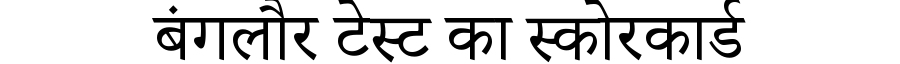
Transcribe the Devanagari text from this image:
बंगलौर टेस्ट का स्कोरकार्ड